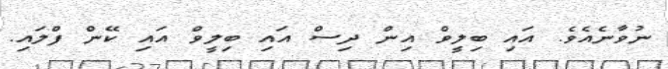
ނުވާނެއެވެ. އައި ބިލީވް އިން ދިސް އައި ބިލީވް އައި ކޭން ފްލައި.